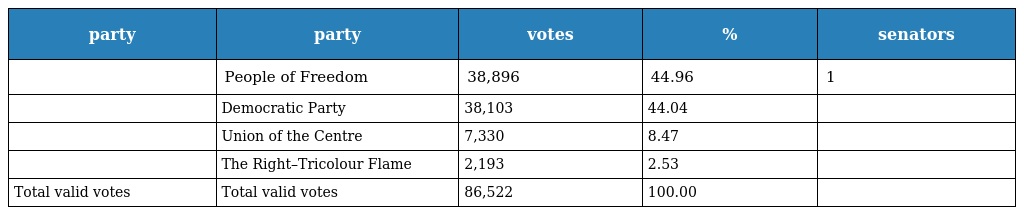
| party | party | votes | % | senators |
 | --- | --- | --- | --- | --- |
 |  | People of Freedom | 38,896 | 44.96 | 1 |
 |  | Democratic Party | 38,103 | 44.04 |  |
 |  | Union of the Centre | 7,330 | 8.47 |  |
 |  | The Right–Tricolour Flame | 2,193 | 2.53 |  |
 | Total valid votes | Total valid votes | 86,522 | 100.00 |  |